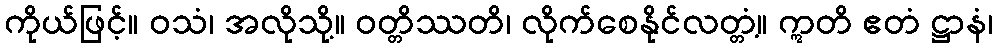
ကိုယ်ဖြင့်။ ဝသံ၊ အလိုသို့။ ဝတ္တိဿတိ၊ လိုက်စေနိုင်လတ္တံ့။ ဣတိ ဧတံ ဋ္ဌာနံ၊